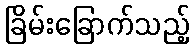
ခြိမ်းခြောက်သည့်